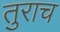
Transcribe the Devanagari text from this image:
तुराच